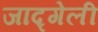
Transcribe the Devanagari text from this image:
जाद्गेली